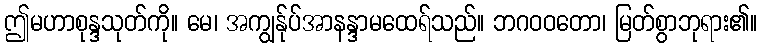
ဤမဟာစုန္ဒသုတ်ကို။ မေ၊ အကျွန်ုပ်အာနန္ဒာမထေရ်သည်။ ဘဂဝဝတော၊ မြတ်စွာဘုရား၏။